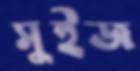
সুইজ